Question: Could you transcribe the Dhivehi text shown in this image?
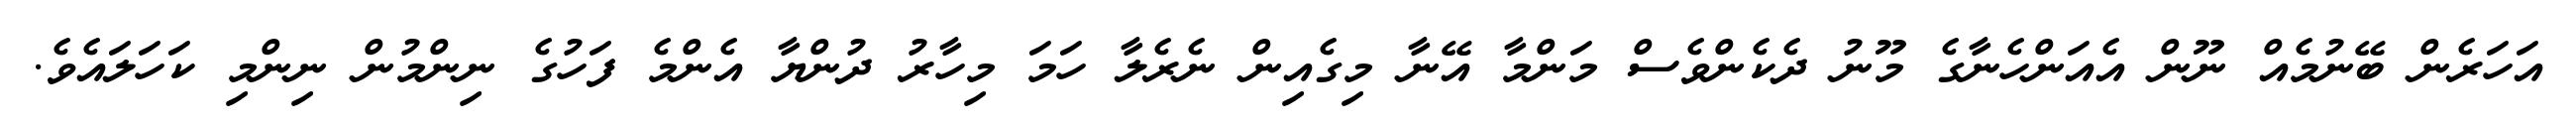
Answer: އަހަރެން ބޭނުމެއް ނޫން އެއަންހެނާގެ މޫނު ދެކެންވެސް މަންމާ އޭނާ މިގެއިން ނެރެލާ ހަމަ މިހާރު ދުންޔާ އެންމެ ފަހުގެ ނިންމުން ނިންމި ކަހަލައެވެ.